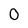
Character: O